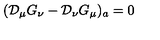
( { \cal D } _ { \mu } G _ { \nu } - { \cal D } _ { \nu } G _ { \mu } ) _ { a } = 0